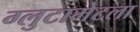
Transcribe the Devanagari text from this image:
ग्लुटामेटला